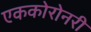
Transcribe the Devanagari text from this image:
एककोरोनरी